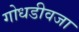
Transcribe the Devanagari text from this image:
गोधडीवजा